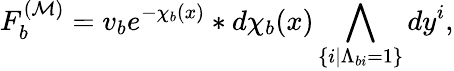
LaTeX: F_{b}^{({\cal M})}=v_{b}e^{-\chi_{b}(x)}\ast d\chi_{b}(x)\bigwedge_{\{ i|\Lambda_{bi}=1\} }dy^{i},